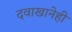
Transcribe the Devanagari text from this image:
दवाखानेही